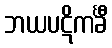
ဘယပဋိကင်္ခီ